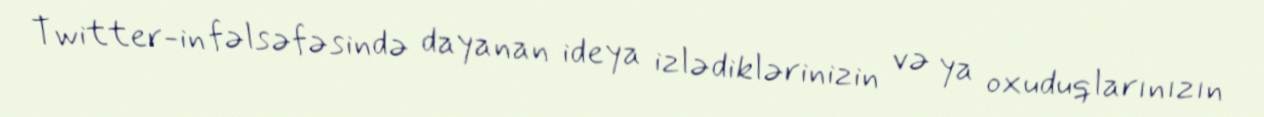
Twitter-in fəlsəfəsində dayanan ideya izlədiklərinizin və ya oxuduqlarınızın